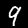
Digit: 9